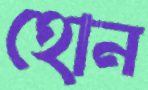
হোন